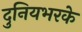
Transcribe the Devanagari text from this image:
दुनियभरके